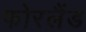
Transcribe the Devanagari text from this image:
फोरलैंड